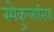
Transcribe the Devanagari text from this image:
स्पेकुलारिया